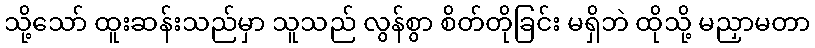
သို့သော် ထူးဆန်းသည်မှာ သူသည် လွန်စွာ စိတ်တိုခြင်း မရှိဘဲ ထိုသို့ မညှာမတာ